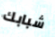
شبابك